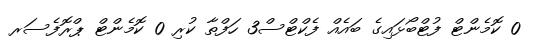
0 ކޮމެންޓް ފުޓްބޯޅައިގެ ބައެއް ފެކްޓްސް3 ހަފްތާ ކުރި 0 ކޮމެންޓް ޕްރޮފެސަރ